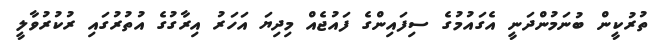
ތުރުކީން ބުނަމުންދަނީ އެގައުމުގެ ސިފައިންގެ ފައުޖެއް މިދިޔަ އަހަރު އިރާގުގެ އުތުރުގައި ރުކުރުވާލީ